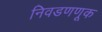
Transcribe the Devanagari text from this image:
निवडणणूक